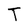
Character: T